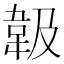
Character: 𩎕